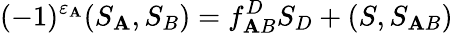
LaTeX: (-1)^{\varepsilon_{\mathbf{A}}}(S_{\mathbf{A}},S_{B})=f_{\mathbf{A}B}^{D}S_{D}+(S,S_{\mathbf{A}B})